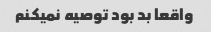
واقعا بد بود توصیه نمیکنم